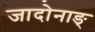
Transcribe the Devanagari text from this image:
जादोनाङ्